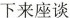
下来座谈-